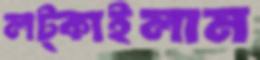
লট্‌কাইলাম